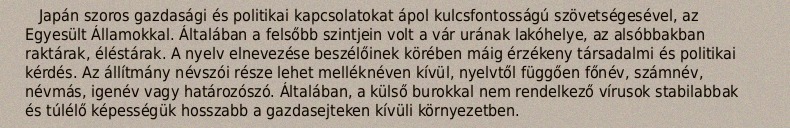
Japán szoros gazdasági és politikai kapcsolatokat ápol kulcsfontosságú szövetségesével, az Egyesült Államokkal. Általában a felsőbb szintjein volt a vár urának lakóhelye, az alsóbbakban raktárak, éléstárak. A nyelv elnevezése beszélőinek körében máig érzékeny társadalmi és politikai kérdés. Az állítmány névszói része lehet melléknéven kívül, nyelvtől függően főnév, számnév, névmás, igenév vagy határozószó. Általában, a külső burokkal nem rendelkező vírusok stabilabbak és túlélő képességük hosszabb a gazdasejteken kívüli környezetben.